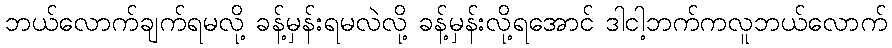
ဘယ်လောက်ချက်ရမလို့ ခန့်မှန်းရမလဲလို့ ခန့်မှန်းလို့ရအောင် ဒါငါ့ဘက်ကလူဘယ်လောက်